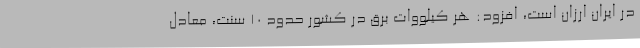
در ایران ارزان است، افزود: هر کیلووات برق در کشور حدود 10 سنت، معادل